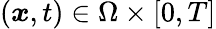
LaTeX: (\boldsymbol{x},t)\in\Omega\times[0,T]